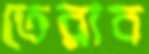
তেরাব